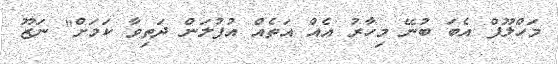
މަހްލޫފް އެބަ ބުނޭ މިހާރު އެއް އަތެއް އުފުލަން ދަތިވާ ކަމަށް" ނަޒޫ